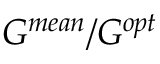
G ^ { m e a n } / G ^ { o p t }